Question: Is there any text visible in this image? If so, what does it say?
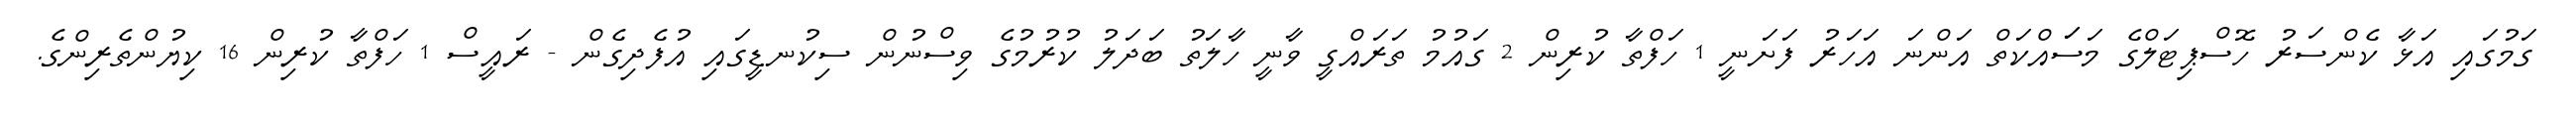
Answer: ގަމުގައި އަޅާ ކެންސަރު ހޮސްޕިޓަލްގެ މަސަައްކަތް އަންނަ އަހަރު ފަށަނީ 1 ހަފްތާ ކުރިން 2 ގައުމު ތަރައްގީ ވާނީ ހާލަތު ބަދަލު ކުރުމުގެ ވިސްނުން ސިކުނޑީގައި އުފެދިގެން - ރައީސް 1 ހަފްތާ ކުރިން 16 ކިޔުންތެރިންގެ.